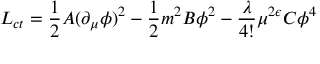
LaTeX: { \cal L } _ { c t } = { \frac { 1 } { 2 } } A ( \partial _ { \mu } \phi ) ^ { 2 } - { \frac { 1 } { 2 } } m ^ { 2 } B \phi ^ { 2 } - { \frac { \lambda } { 4 ! } } \mu ^ { 2 \epsilon } C \phi ^ { 4 }